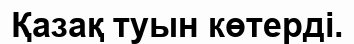
Қазақ туын көтерді.